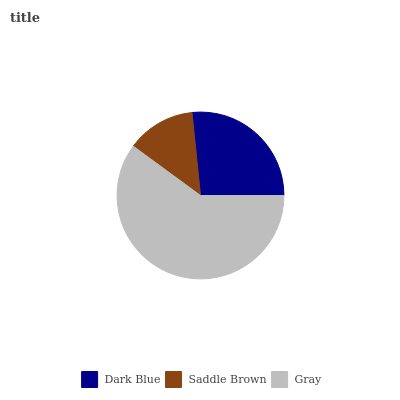
| Dark Blue | Saddle Brown | Gray |
 | --- | --- | --- |
 | 26.6% | 13.3% | 60.1% |